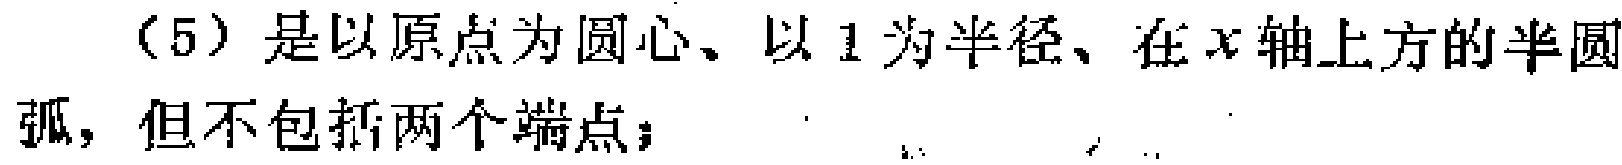
（5）是以原点为圆心、以 1 为半径、在\(x\)轴上方的半圆弧，但不包括两个端点；